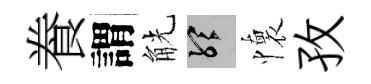
飬謂觥聽懷孜